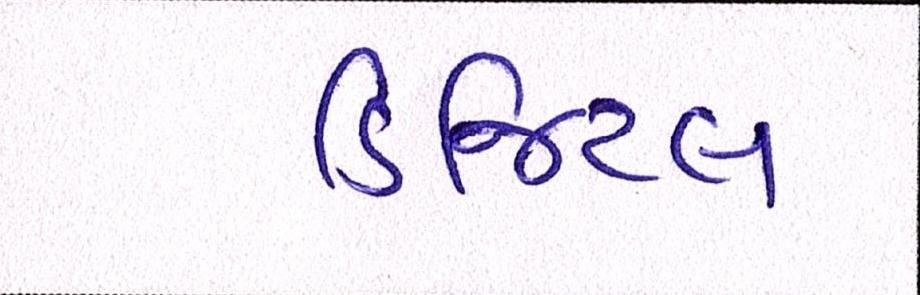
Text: ડિજિટલ